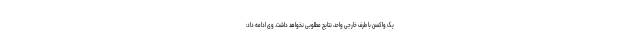
یک واکسن با طرف خارجی واحد، نتایج مطلوبی نخواهد داشت. وی ادامه داد: